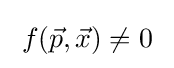
\;f({\vec {p}},{\vec {x}})\neq 0\;